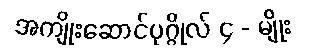
အကျိုးဆောင်ပုဂ္ဂိုလ် ၄ - မျိုး